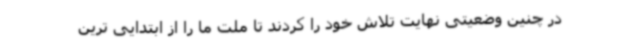
در چنین وضعیتی نهایت تلاش خود را کردند تا ملت ما را از ابتدایی ترین